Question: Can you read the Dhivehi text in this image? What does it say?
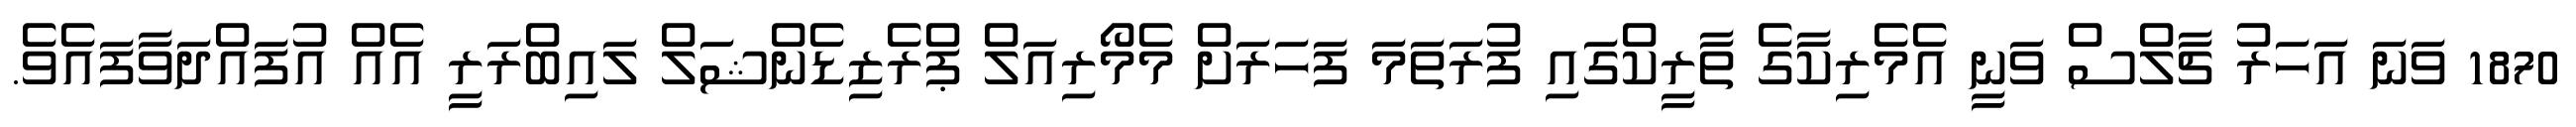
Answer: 1870 ވަނަ އަހަރު ޗާލްސް ވަނީ އެމެރިކާގެ ތާރީކްގައި ފުރަތަމަ ފަހަރަށް މެމޯރިއަލް ޕްރެޒިޑެންޝަލް ލައިބްރަރީ އެއް އުފައްދަވާފައެވެ.